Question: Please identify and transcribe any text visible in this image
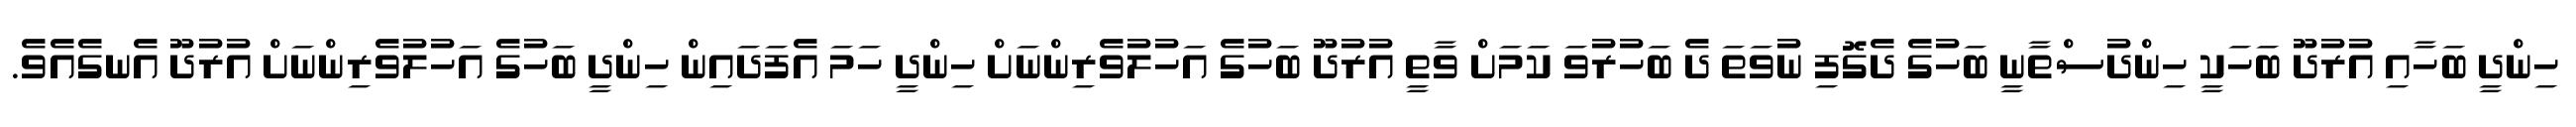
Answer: ހިންދީ ބަހާއި އުރުދޫ ބަހަކީ ހިންދުސްތާނީ ބަހުގެ ދެގޮފި ނުވަތަ ދެ ބަހުރުވަ ކަމަށް ވާތީ އުރުދޫ ބަހުގެ އަހުލުވެރިންނަށް ހިންދީ ހަމަ އެފަދައިން ހިންދީ ބަހުގެ އަހުލުވެރިންނަށް އުރުދޫ އެނގެއެވެ.